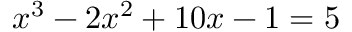
x ^ { 3 } - 2 x ^ { 2 } + 1 0 x - 1 = 5